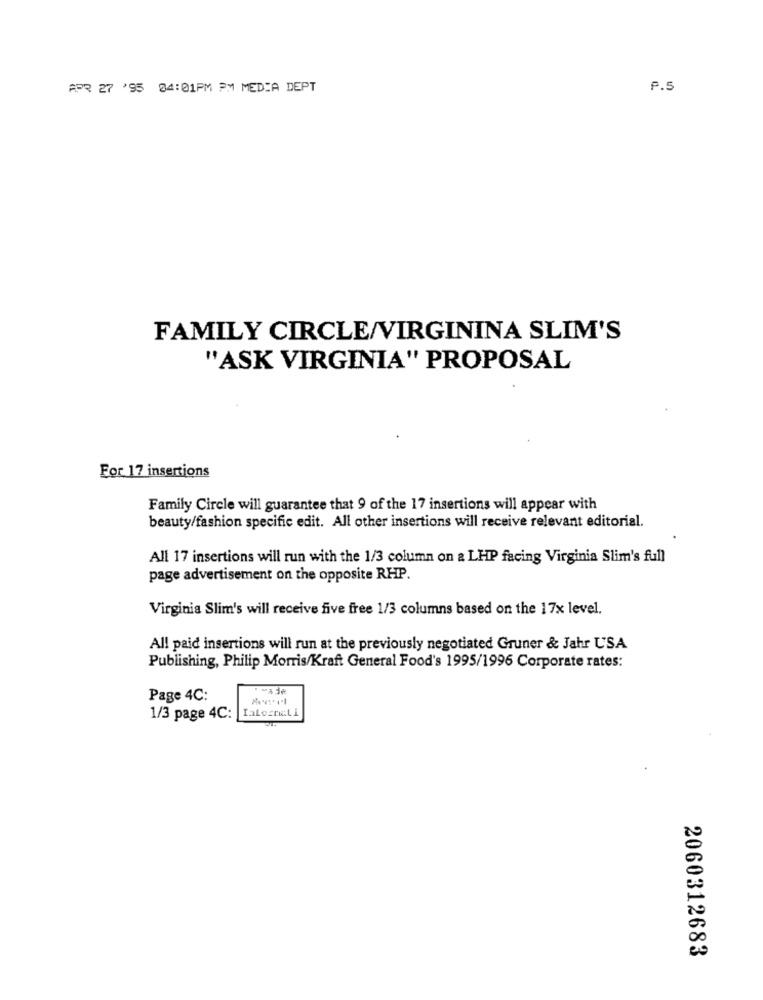
APR 27 '95 04:01PM PM MEDIA DEPT
P.5
FAMILY CIRCLE/VIRGININA SLIM'S
"ASK VIRGINIA" PROPOSAL
For 17 insertions
Family Circle will guarantee that 9 of the 17 insertions will appear with
beauty/fashion specific edit. All other insertions will receive relevant editorial.
All 17 insertions will run with the 1/3 column on a LHP facing Virginia Slim's full
page advertisement on the opposite RHP.
Virginia Slim's will receive five free 1/3 columns based on the 17x level.
All paid insertions will run at the previously negotiated Gruner & Jahr USA
Publishing, Philip Morris/Kraft General Food's 1995/1996 Corporate rates:
Page 4C:
1/3 page 4C:
Ialesnieli
2060312683